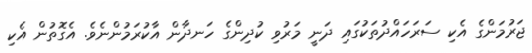
ޖަރުމަންގެ އެކި ސަރަހައްދުތަކުގައި ދަނީ މަރުވި ކުދިންގެ ހަނދާން އާކުރަމުންނެވެ. އެގޮތުން އެކި